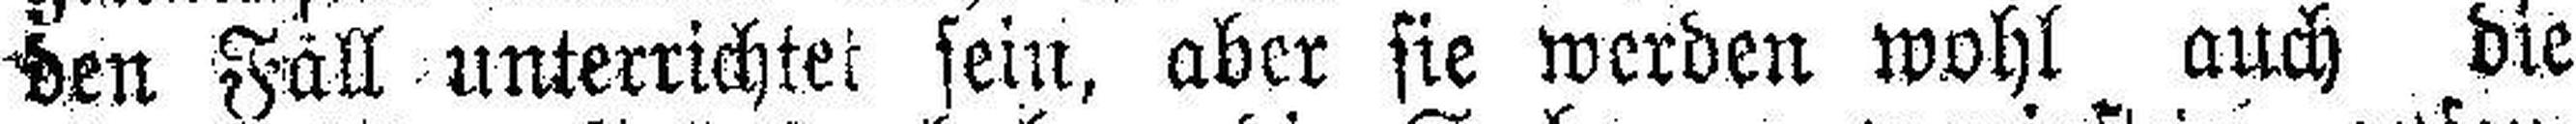
den Fäll unterrichtet sein, aber sie werden wohl auch die